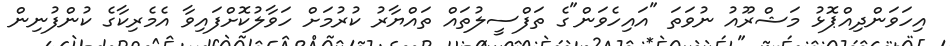
އިހަވަންދިއްޕޮޅު މަޝްރޫއު ނުވަތަ "އައިހެވަން"ގެ ތަފްސީލުތައް ތައްޔާރު ކުރުމަށް ހަވާލުކޮށްފައިވާ އެމެރިކާގެ ކުންފުނިން